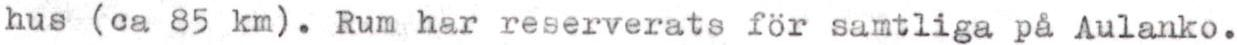
hus (ca 85 km). Rum har reserverats för samtliga på Aulanko.